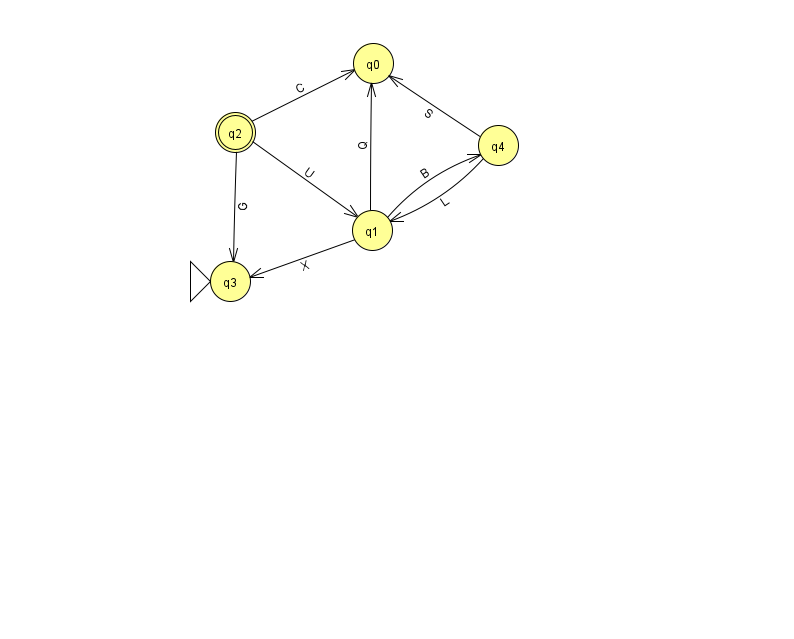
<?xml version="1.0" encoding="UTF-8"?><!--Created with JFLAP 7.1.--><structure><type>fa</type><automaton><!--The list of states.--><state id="0" name="q0"><x>373.0</x><y>50.0</y></state><state id="1" name="q1"><x>372.0</x><y>217.0</y></state><state id="2" name="q2"><x>235.0</x><y>119.0</y><final/></state><state id="3" name="q3"><x>230.0</x><y>268.0</y><initial/></state><state id="4" name="q4"><x>498.0</x><y>132.0</y></state><!--The list of transitions.--><transition><from>2</from><to>0</to><read>C</read></transition><transition><from>1</from><to>4</to><read>B</read></transition><transition><from>2</from><to>1</to><read>U</read></transition><transition><from>4</from><to>0</to><read>S</read></transition><transition><from>1</from><to>0</to><read>Q</read></transition><transition><from>1</from><to>3</to><read>X</read></transition><transition><from>2</from><to>3</to><read>G</read></transition><transition><from>4</from><to>1</to><read>L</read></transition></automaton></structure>